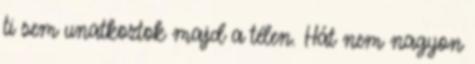
ti sem unatkoztok majd a télen. Hát nem nagyon